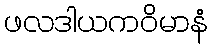
ဖလဒါယကဝိမာနံ